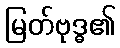
မြတ်ဗုဒ္ဓ၏